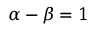
\alpha - \beta = 1